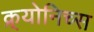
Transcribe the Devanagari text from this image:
क्र्योनिच्स